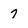
Character: 7